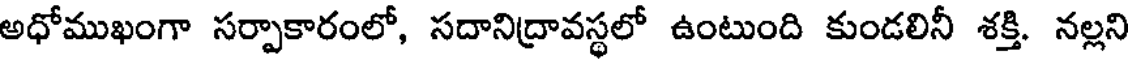
అధోముఖంగా సర్పాకారంలో, సదానిద్రావస్థలో ఉంటుంది కుండలినీ శక్తి. నల్లని